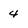
Character: 4